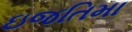
ઇજતિમા